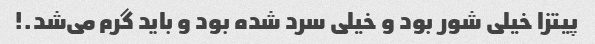
پیتزا خیلی شور بود و خیلی سرد شده بود و باید گرم می‌شد.!